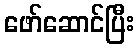
ဖော်ဆောင်ပြီး